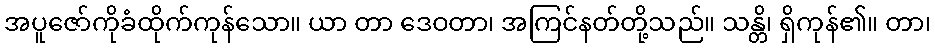
အပူဇော်ကိုခံထိုက်ကုန်သော။ ယာ တာ ဒေဝတာ၊ အကြင်နတ်တို့သည်။ သန္တိ၊ ရှိကုန်၏။ တာ၊